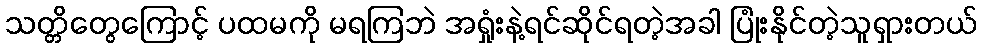
သတ္တိတွေကြောင့် ပထမကို မရကြဘဲ အရှုံးနဲ့ရင်ဆိုင်ရတဲ့အခါ ပြုံးနိုင်တဲ့သူရှားတယ်